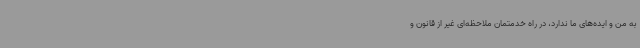
به من و ایده‌های ما ندارد، در راه خدمتمان ملاحظه‌ای غیر از قانون و